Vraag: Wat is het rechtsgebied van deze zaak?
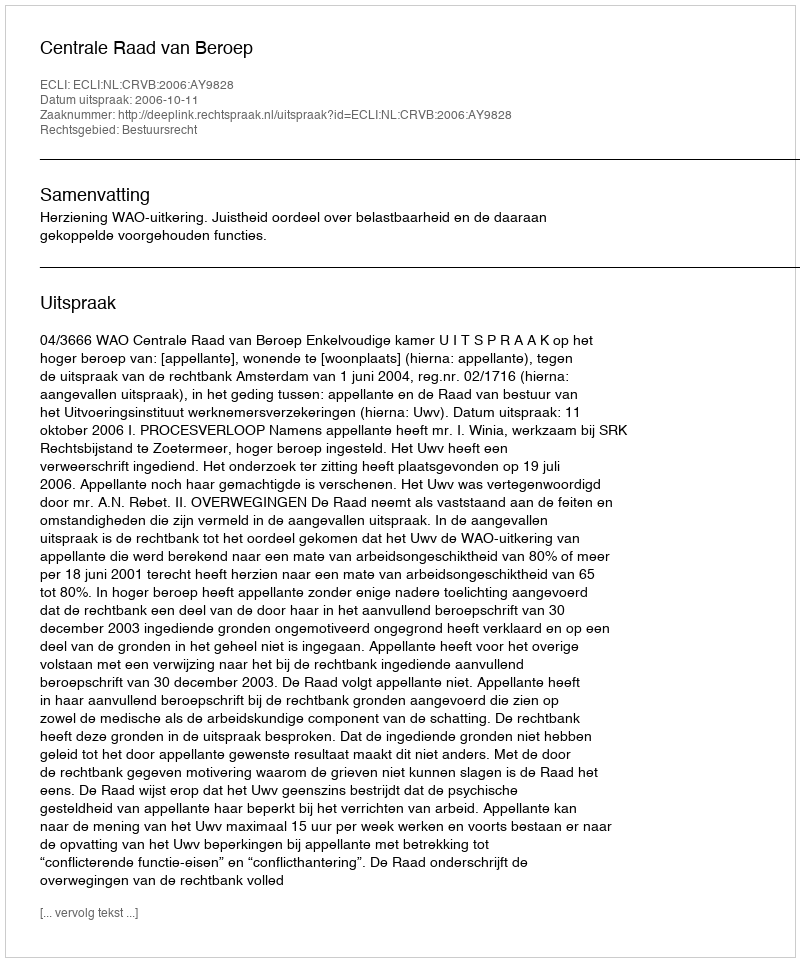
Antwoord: Bestuursrecht